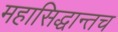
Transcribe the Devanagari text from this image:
महासिद्धान्तच